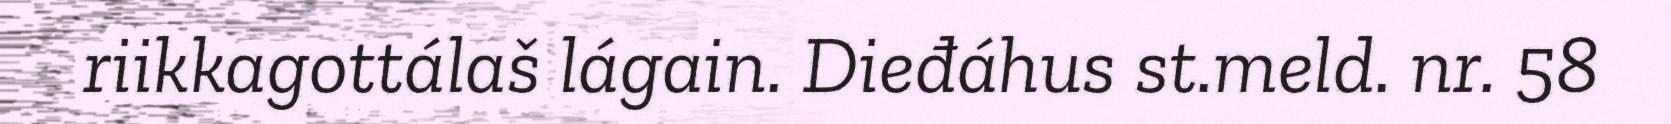
riikkagottálaš lágain. Dieđáhus st.meld. nr. 58